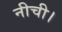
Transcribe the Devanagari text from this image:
नीची।